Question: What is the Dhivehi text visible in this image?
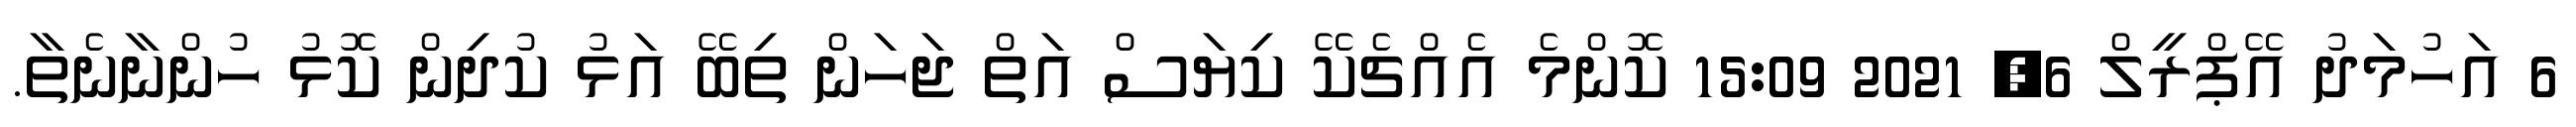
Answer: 6 އަހުމަދު އޭޕްރީލް 6, 2021 15:09 ކޮންމެ އެއްޗެކޭ ކިޔަސް އަތް ޖަހަން ތިބޭ އަޅު ކުދިން ކޮޅު ހުންނާނެތާ.